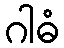
ဂါဓံ